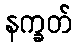
နက္ခတ်